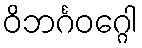
ဝိဘင်္ဂဝဂ္ဂေါ